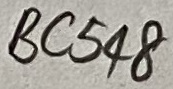
Text: BC548